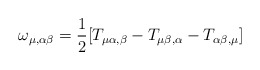
\begin{align*}\omega_{\mu,\alpha\beta} = \frac{1}{2} [ T_{\mu\alpha,\beta} -T_{\mu\beta,\alpha} - T_{\alpha\beta,\mu} ]\end{align*}